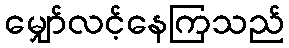
မျှော်လင့်နေကြသည်